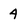
Character: 4